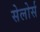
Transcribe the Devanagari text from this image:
सेलोर्स